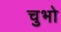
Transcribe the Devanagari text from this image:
चुभो